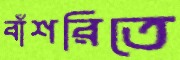
বাঁশরিতে